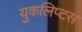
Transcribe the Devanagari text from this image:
युकलिप्टस